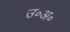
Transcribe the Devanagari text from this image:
उ॰अ॰